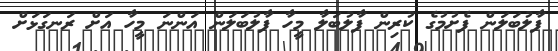
ފާލުބަލަން ފެށުމުގެ ކުރިން ފާލުބަލާ މީހާ ފާލުބަލަން އަންނަ މީހާ އަށް ރަނގަޅަށް